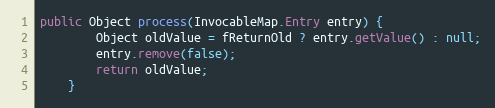
Language: Java
public Object process(InvocableMap.Entry entry) {
        Object oldValue = fReturnOld ? entry.getValue() : null;
        entry.remove(false);
        return oldValue;
    }